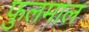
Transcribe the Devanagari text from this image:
फुलमाल